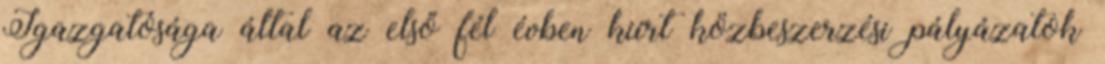
Igazgatósága által az első fél évben kiírt közbeszerzési pályázatok